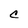
Character: C